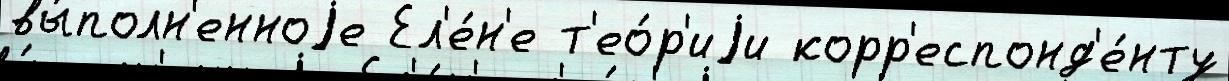
вы́полн'енноjе Ел'е́н'е т'ео́р'иjи корр'еспонд'е́нту